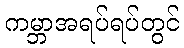
ကမ္ဘာအရပ်ရပ်တွင်